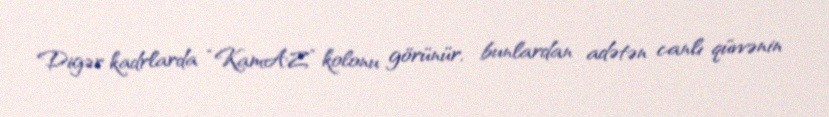
Digər kadrlarda “KamAZ” kolonu görünür, bunlardan adətən canlı qüvvənin